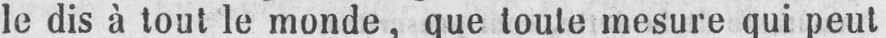
le dis à tout le monde, que toute mesure qui peut